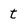
Character: t